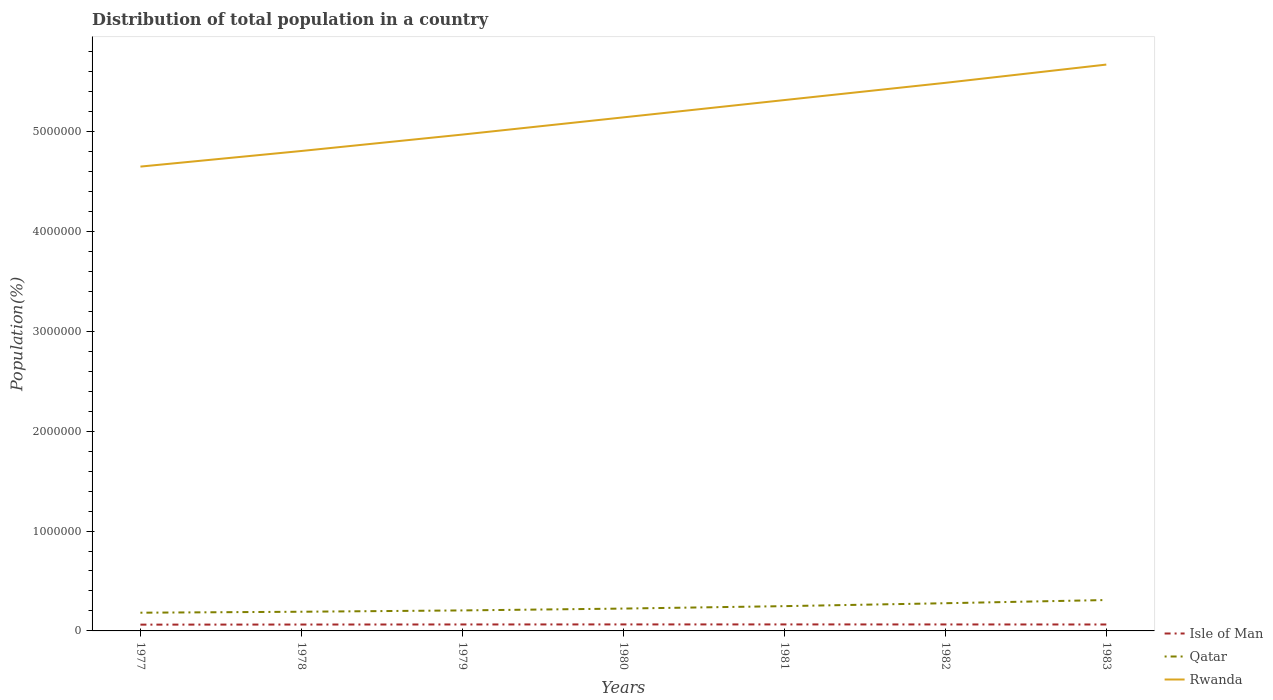
| Years | Isle of Man | Qatar | Rwanda |
 | --- | --- | --- | --- |
 | 1977 | 6.29e+04 | 1.82e+05 | 4.65e+06 |
 | 1978 | 6.39e+04 | 1.92e+05 | 4.8e+06 |
 | 1979 | 6.47e+04 | 2.05e+05 | 4.97e+06 |
 | 1980 | 6.51e+04 | 2.24e+05 | 5.14e+06 |
 | 1981 | 6.51e+04 | 2.48e+05 | 5.31e+06 |
 | 1982 | 6.48e+04 | 2.77e+05 | 5.49e+06 |
 | 1983 | 6.44e+04 | 3.09e+05 | 5.67e+06 |